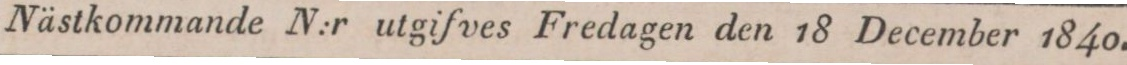
Nästkommande N:r utgifves Fredagen den 18 December 1840.